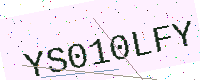
Text: YS010LFY